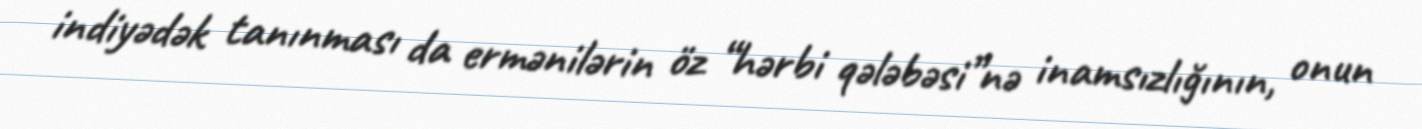
indiyədək tanınması da ermənilərin öz “hərbi qələbəsi”nə inamsızlığının, onun